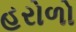
હરોળો